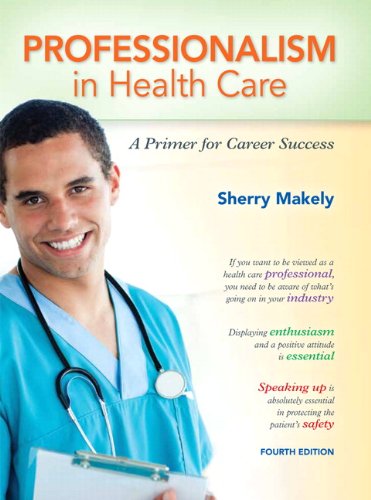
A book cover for Professionalism in Health Care: A Primer for Career Success (4th Edition); Sherry Makely; Medical Books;